Civil Veterinary Dept. Bombay admin report 1923-31 - 1923-1931
Year: 1923
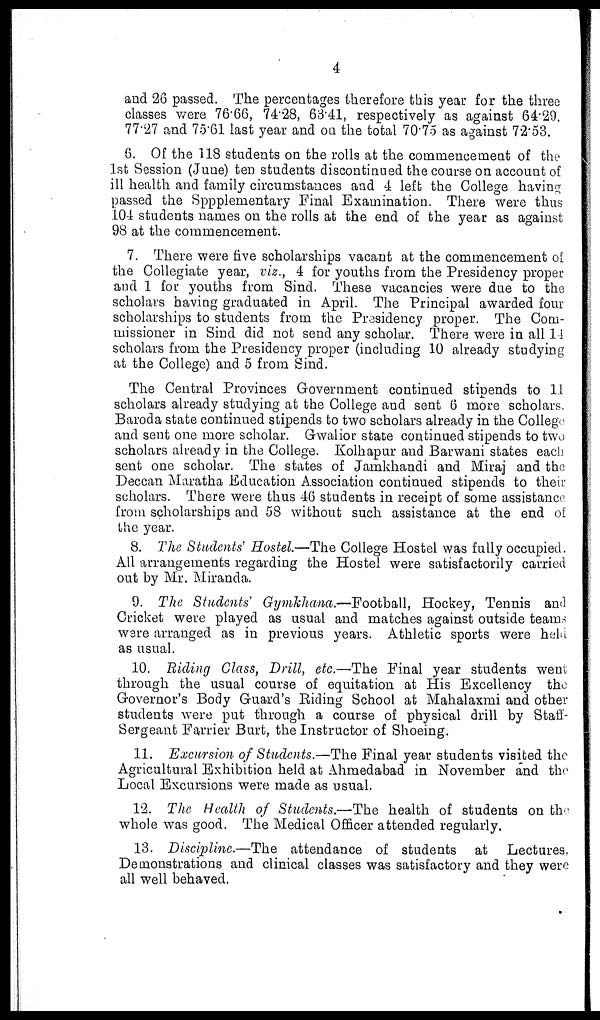
4
and 26 passed. The percentages therefore this year for the three
classes were 76.66, 74.28, 63.41, respectively as against 64.29,
77.27 and 75.61 last year and on the total 70.75 as against 72.53.
6. Of the 118 students on the rolls at the commencement of the
1st Session (June) ten students discontinued the course on account of
ill health and family circumstances and 4 left the College having
passed the Sppplementary Final Examination. There were thus
104 students names on the rolls at the end of the year as against
98 at the commencement.
7. There were five scholarships vacant at the commencement of
the Collegiate year, viz., 4 for youths from the Presidency proper
and 1 for youths from Sind. These vacancies were due to the
scholars having graduated in April. The Principal awarded four
scholarships to students from the Presidency proper. The Com-
missioner in Sind did not send any scholar. There were in all 14
scholars from the Presidency proper (including 10 already studying
at the College) and 5 from Sind.
The Central Provinces Government continued stipends to 11
scholars already studying at the College and sent 6 more scholars.
Baroda state continued stipends to two scholars already in the College
and sent one more scholar. Gwalior state continued stipends to two
scholars already in the College. Kolhapur and Barwani states each
sent one scholar. The states of Jamkhandi and Miraj and the
Deccan Maratha Education Association continued stipends to their
scholars. There were thus 46 students in receipt of some assistance
from scholarships and 58 without such assistance at the end of
the year.
8. The Students' Hostel.—The College Hostel was fully occupied.
All arrangements regarding the Hostel were satisfactorily carried
out by Mr. Miranda.
9. The Students' Gymkhana.—Football, Hockey, Tennis and
Cricket were played as usual and matches against outside teams
were arranged as in previous years. Athletic sports were held
as usual.
10. Riding Class, Drill, etc.—The Final year students went
through the usual course of equitation at His Excellency the
Governor's Body Guard's Riding School at Mahalaxmi and other
students were put through a course of physical drill by Staff-
Sergeant Farrier Burt, the Instructor of Shoeing.
11. Excursion of Students.—The Final year students visited the
Agricultural Exhibition held at Ahmedabad in November and the
Local Excursions were made as usual.
12. The Health of Students.—The health of students on the
whole was good. The Medical Officer attended regularly.
13. Discipline.—The attendance of students at Lectures,
Demonstrations and clinical classes was satisfactory and they were
all well behaved.